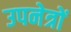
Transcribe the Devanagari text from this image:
उपनेत्रों